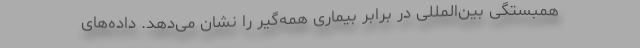
همبستگی بین‌المللی در برابر بیماری همه‌گیر را نشان می‌دهد. داده‌های